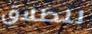
للطلاق